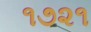
૧૭૨૧